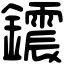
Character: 𨯂